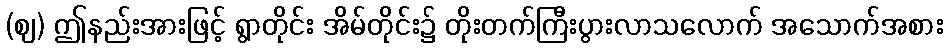
(ဈ) ဤနည်းအားဖြင့် ရွာတိုင်း အိမ်တိုင်း၌ တိုးတက်ကြီးပွားလာသလောက် အသောက်အစား